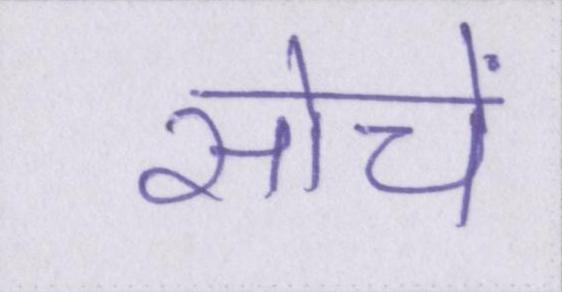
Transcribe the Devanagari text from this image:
सोचें